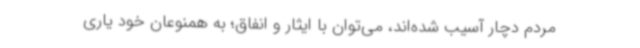
مردم دچار آسیب شده‌اند، می‌توان با ایثار و انفاق؛ به همنوعان خود یاری